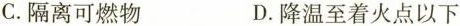
C.隔离可燃物 D.降温至着火点以下